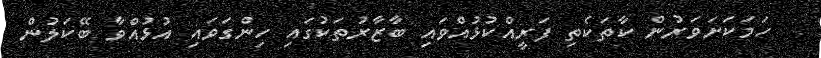
ހަމަކަށަވަރުން ކާތަކެތި ފަރީއްކުޅުއްވައި ބާޒާރުތަކުގައި ހިންގަވައި އުޅުއްވާ ބޭކަލުން